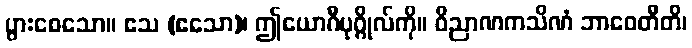
ပွားစေသော။ ဧသ (ဧသော)၊ ဤယောဂီပုဂ္ဂိုလ်ကို။ ဝိညာဏကသိဏံ ဘာဝေတီတိ၊